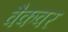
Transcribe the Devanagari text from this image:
वैकवर